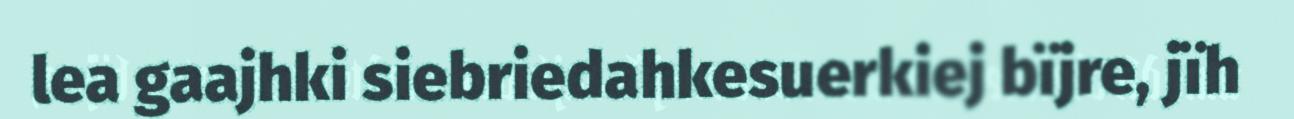
lea gaajhki siebriedahkesuerkiej bïjre, jïh